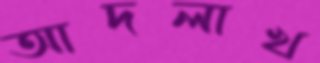
আদলাখ